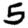
Digit: 5